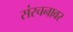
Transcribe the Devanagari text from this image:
संरचनावर